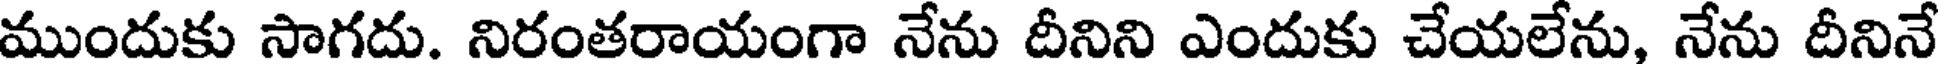
ముందుకు సాగదు. నిరంతరాయంగా నేను దీనిని ఎందుకు చేయలేను, నేను దీనినే